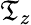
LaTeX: \mathfrak{T}_{z}